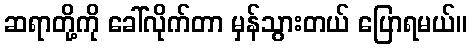
ဆရာတို့ကို ခေါ်လိုက်တာ မှန်သွားတယ် ပြောရမယ်။